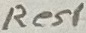
Text: Res1